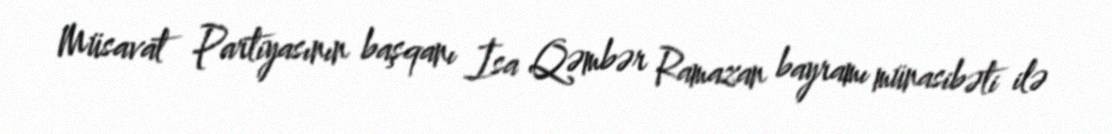
Müsavat Partiyasının başqanı İsa Qəmbər Ramazan bayramı münasibəti ilə